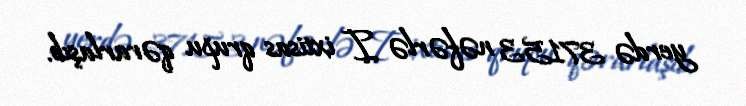
yerdə 37153 nəfərlə I ixtisas qrupu qərarlaşıb.